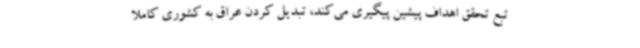
تبع تحقق اهداف پیشین پیگیری می‌کند، تبدیل کردن عراق به کشوری کاملا